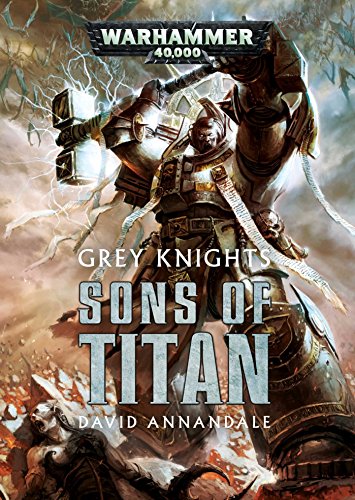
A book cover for Grey Knights: Sons of Titan (Warhammer 40,000); David Annandale; Science Fiction & Fantasy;